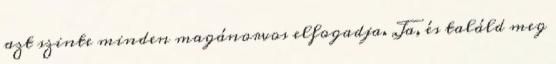
azt szinte minden magánorvos elfogadja. Ja, és találd meg